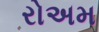
રોઅમ